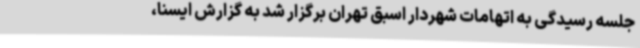
جلسه رسیدگی به اتهامات شهردار اسبق تهران برگزار شد به گزارش ایسنا،